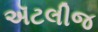
ઍટલીજ